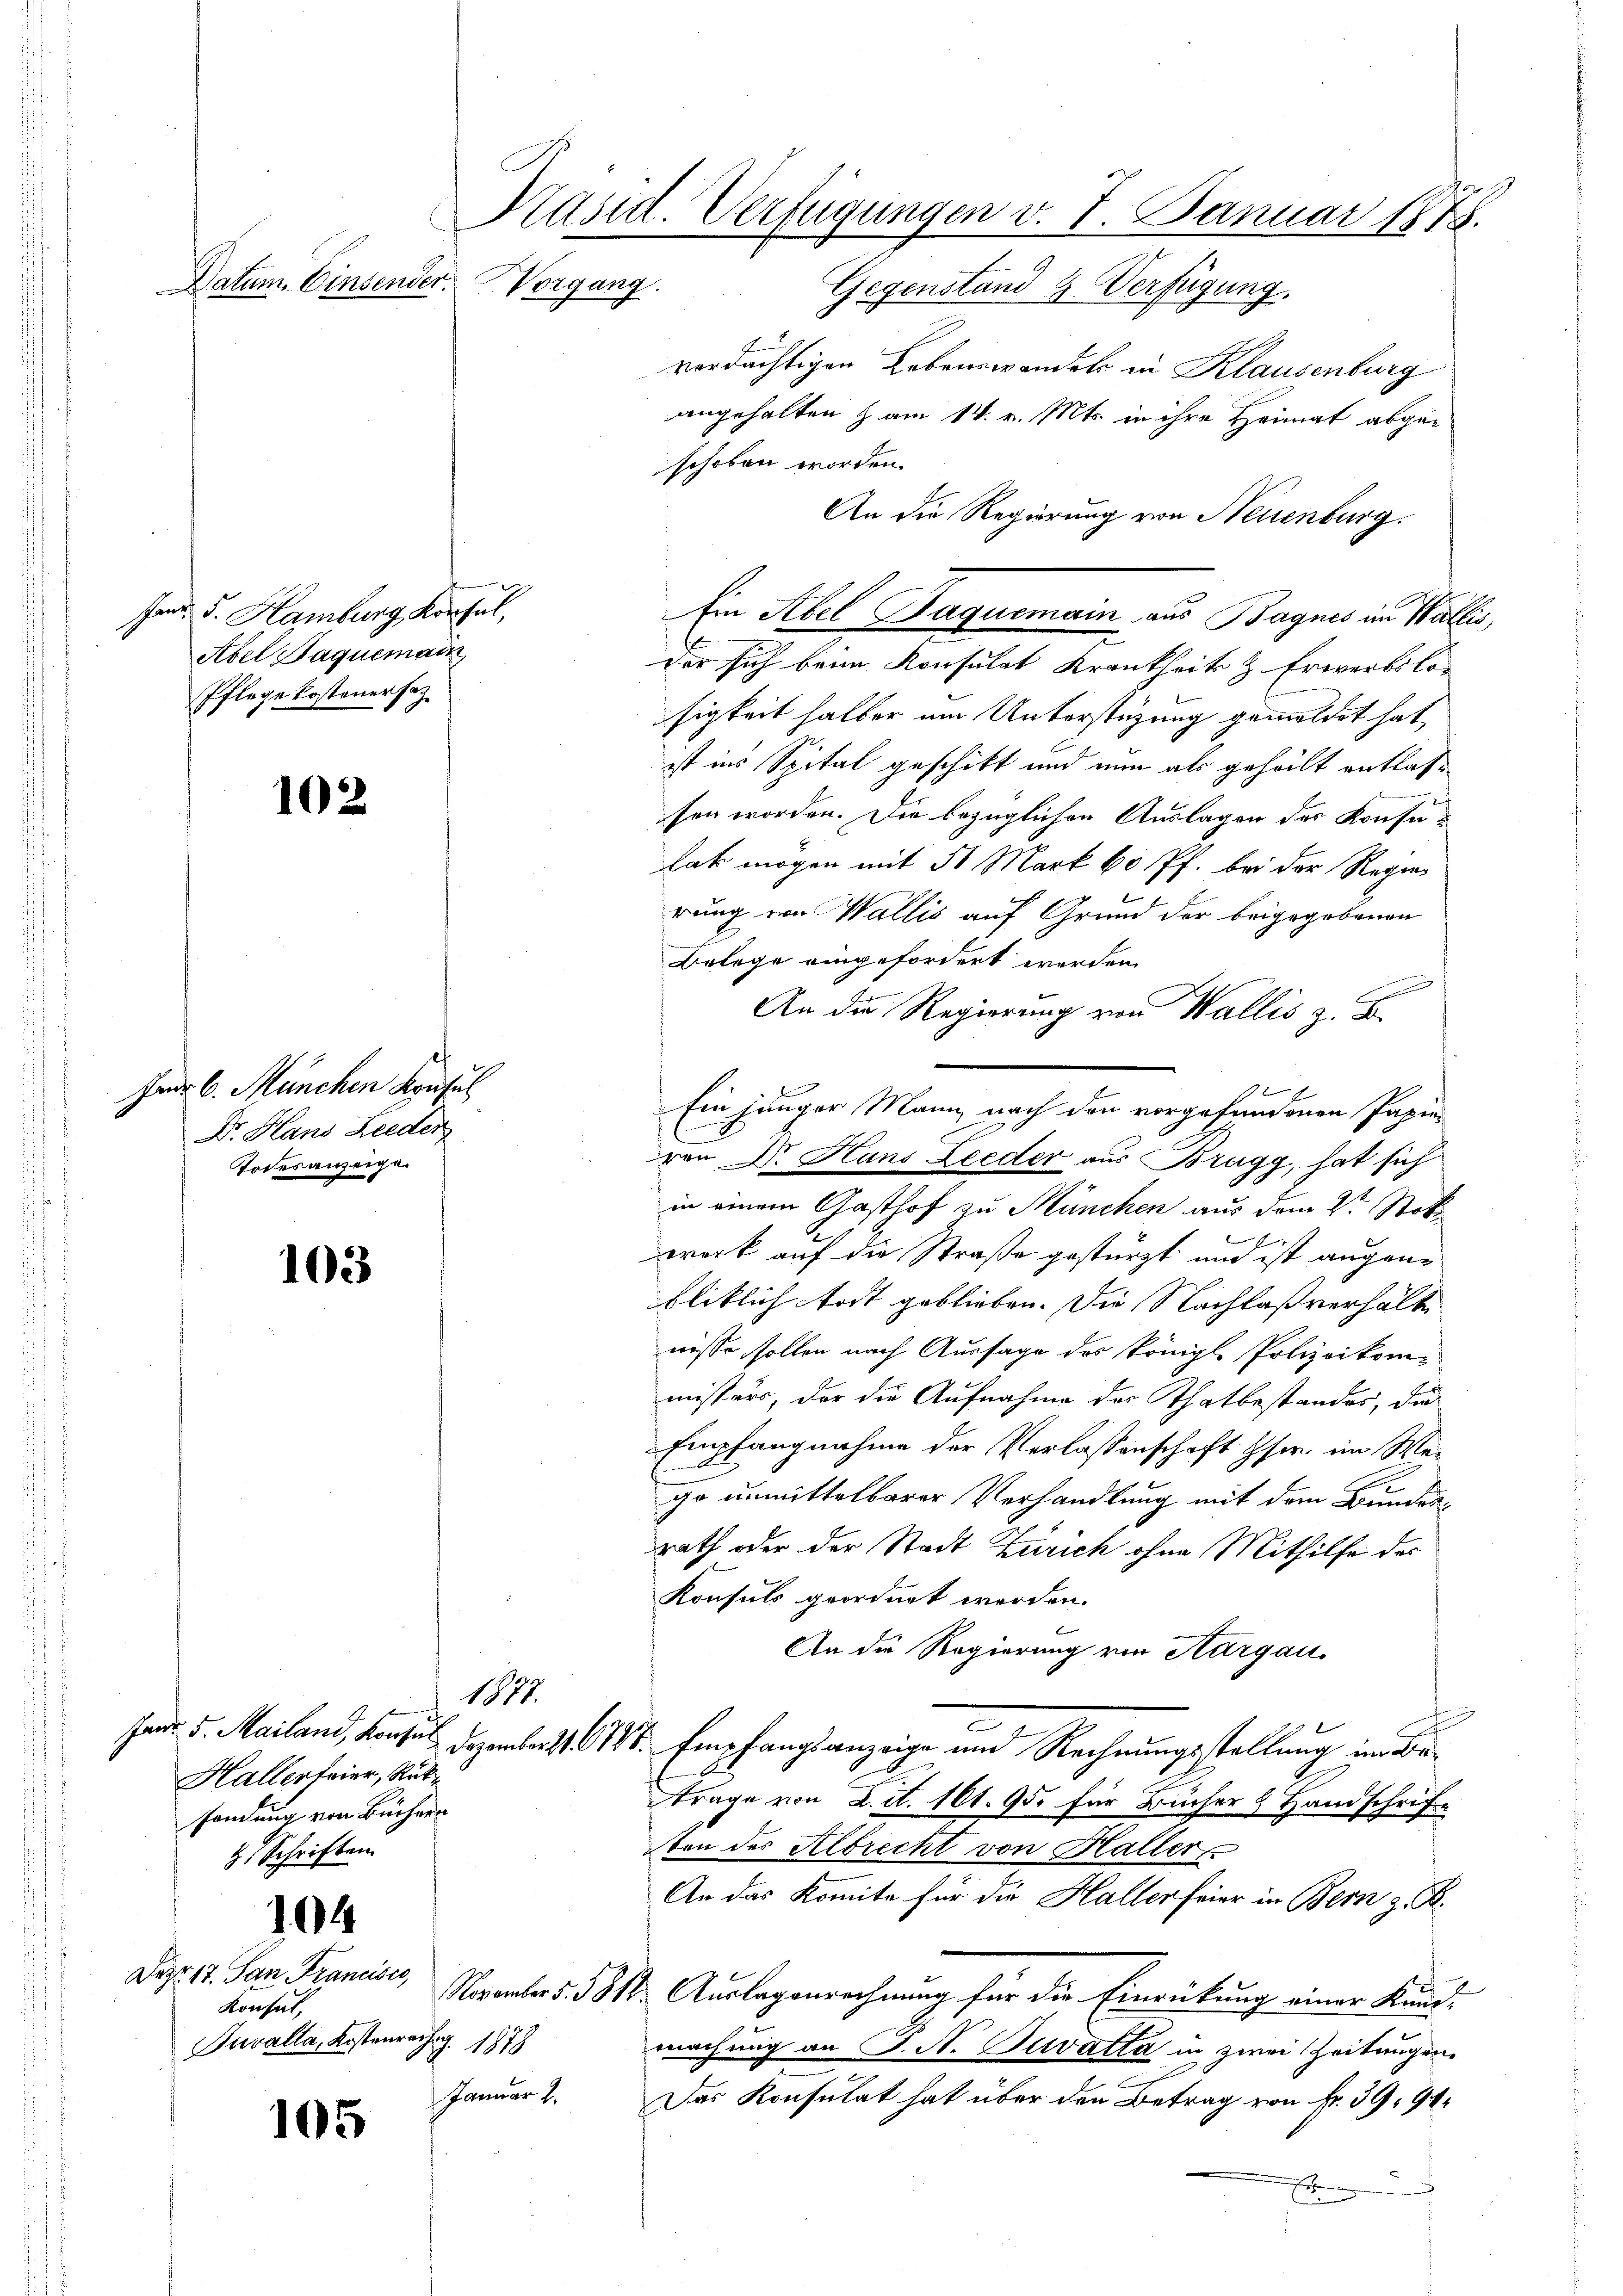
Janr. d. Hamburg, Konsul,
Abel Paquemain
Pflege kostener sag

Datum. Einsender.

102

Indr. C. München Konsul
Dr. Hans Lieder
Todesanzeige.

103

Hallerfeier, Rükfandung von Büchern
z Schriften.

104

Dez. 17. San Francisco,
Konsul,
Tuvalta, Kostenrec

105

Präsid. Verfügungen v. 7. Januar 1878.
Vorgang.
Gegenstand 2. Verfügung.

verdächtigen Lebrurwandels in Klausenburg
angehalten & am 14. v. Mts. in ihre Heimat abgeschoben worden.
An die Regierung von Neuenburg.
der sich beim Konsulat Krankheits & Erwerbslosigkeit halber um Unterstüzung gemeldet hat
ist ins Spital geschikt und nun als geheilt entlassen worden. Die bezüglichen Auslagen der Konsulak mögen mit 51 Mark 60 Pf. bei der Regier
rung von Wallis auf Grund der beigegebenen
Belege eingefordert werden.
An die Regierung von Wallis z
von Dr. Hans Leeder aus Brugg, hat sich
in einem Gasthof zu München aus dem 2ten Stoki
f
werk auf die Straße gestürzt und ist augene
bliklich todt geblieben. Die Nachlaßverhälte
nisse sollen nach Aussage des Königl. Polizeikommissärs, der die Aufnahme des Thatbestandes, die
Empfangnahme der Verlassenschaft Iser, im Wego unmittelbarer Verhandlung mit dem Bundes-
rath oder der Stadt Zürich ohne Mithilfe der
Konsuls geordnet werden.
An die Regierung von Aargau.
1814.
Janr. 5. Mailand, Konsul Dezember 188. Empfangsanzeige und Rechnungsstellung im Betrage von d. d. 161. 95. für Bücher & Handschrift
ten der Albrecht von Hallers
An das Komite für die Hallerfeier in Bern z. B.
November 5. 1818. Auslagenrechnung für die Einrückung einer Kund-
S. 187
machung an S. N. Puvatta in zwei Zeitungen
Januar 2.
Das Konsulat hat über den Betrag von fr. 39. 91
J
x

Ein Abel Jaquomain aus Bagnes in Walle

d
Ein jünger Mann nach den vorgefundenen Papie